Report of the veterinary officer investigating camel disease
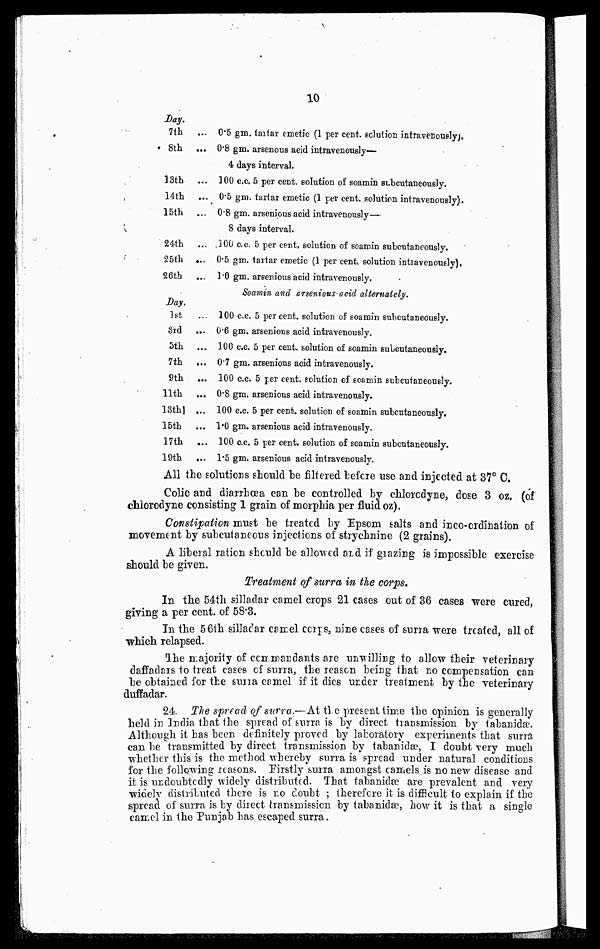
10
Day,
7th
8th
13th
14th
15th
24th
25th
26th
Day.
1st
3rd
5th
7th
9th
11th
13th
15th
17th
19th
... 0.5 gm. tartar emetic (1 per cent. solution intravenously;.
... 0.8 gm. arsenous acid intravenously—
4 days interval.
100 c.c. 5 per cent. solution of soamin subcutaneously.
... 0.5 gm. tartar emetic (1 per cent. solution intravenously).
0.8 gm. arsenious acid intravenously—
8 days interval.
... 100 c.c. 5 per cent. solution of soamin subcutaneously.
... 0.5 gm. tartar emetic (1 per cent, solution intravenously).
1.0 gm. arsenious acid intravenously.
Soamin and arsenious acid alternately.
100 c.c. 5 percent, solution of soamin subcutaneously.
... 0.6 gm. arsenious acid intravenously.
... 100 c.c. 5 per cent. solution of soamin subcutaneously.
... 0.7 gm. arsenious acid intravenously.
... 100 c.c. 5 per cent. solution of soamin subcutaneously.
... 0.8 gm. arsenious acid intravenously.
... 100 c.c. 5 per cent. solution of soamin subcutaneously.
... 1.0 gm. arsenious acid intravenously.
... 100 c.c. 5 per cent. solution of soamin subcutaneously.
... 1.5 gm. arsenious acid intravenously.
All the solutions should he filtered before use and injected at 37 0.
Colic and diarrhoea can he controlled by chlorodyne, dose 3 oz. (of
chlorodyne consisting 1 grain of morphia per fluid oz).
Constipation must he treated by Epsom salts and inco-ordination of
movement by subcutaneous injections of strychnine (2 grains).
A liberal ration should he allowed and if grazing is impossible exercise
should be given.
Treatment of surra in the corps.
In the 54th silladar camel crops 21 cases out of 36 cases were cured,
giving a per cent. of 58.3.
In the 56th silladar camel corps, nine cases of surra were treated, all of
which relapsed.
Ihe majority of commandants are unwilling to allow their veterinary
daffadars to treat cases of surra, the reason being that no compensation can
be obtained for the suna camel if it dies under trealment by the veterinary
dufradar.
24. The spread of surra.—At the present time the opinion is generally
held in India that the spread of surra is by direct transmission by tabanida?.
Although it has been definitely proved by laboratory experiments that surra
can be transmitted by direct transmission by tabanidae, I doubt very much
whether this is the method whereby surra is spread under natural conditions
for the following reasons. Firstly surra amongst camels is no new disease and
it is undoubtedly widely distributed. That tabanidae are prevalent and very
widelv distributed there is no doubt ; therefore it is difficult to explain if the
spread of surra is by direct transmission by tabanidae, how it is that a single
camel in the Punjab has escaped surra.